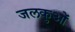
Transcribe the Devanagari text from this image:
जलकुओं